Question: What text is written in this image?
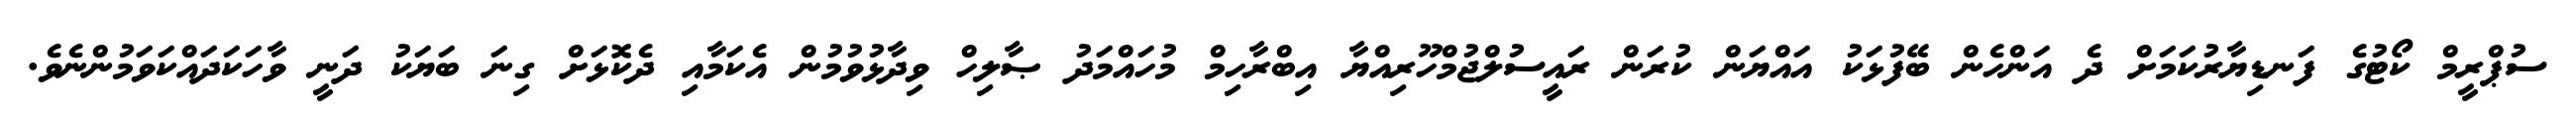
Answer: ސުޕްރީމް ކޯޓުގެ ފަނޑިޔާރުކަމަށް ދެ އަންހެން ބޭފުޅަކު އައްޔަން ކުރަން ރައީސުލްޖުމްހޫރިއްޔާ އިބްރާހިމް މުހައްމަދު ޞާލިހް ވިދާޅުވުމުން އެކަމާއި ދެކޮޅަށް ގިނަ ބަޔަކު ދަނީ ވާހަކަދައްކަވަމުންނެވެ.